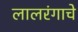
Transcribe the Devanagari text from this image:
लालरंगाचे